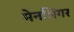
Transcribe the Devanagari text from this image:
मेनसिंगर